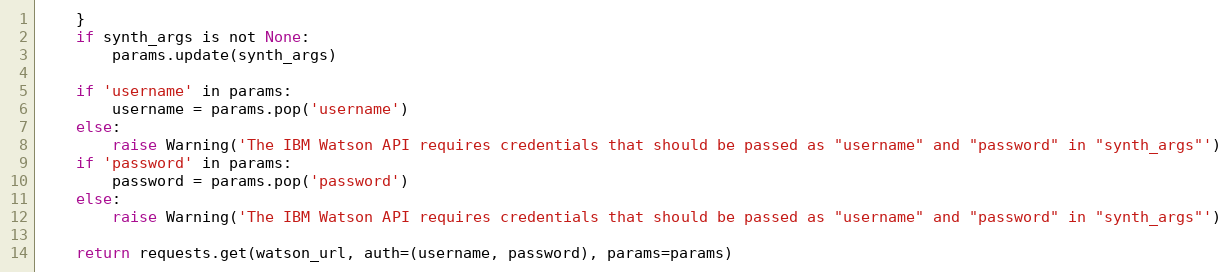
Language: Python
    }
    if synth_args is not None:
        params.update(synth_args)

    if 'username' in params:
        username = params.pop('username')
    else:
        raise Warning('The IBM Watson API requires credentials that should be passed as "username" and "password" in "synth_args"')
    if 'password' in params:
        password = params.pop('password')
    else:
        raise Warning('The IBM Watson API requires credentials that should be passed as "username" and "password" in "synth_args"')

    return requests.get(watson_url, auth=(username, password), params=params)